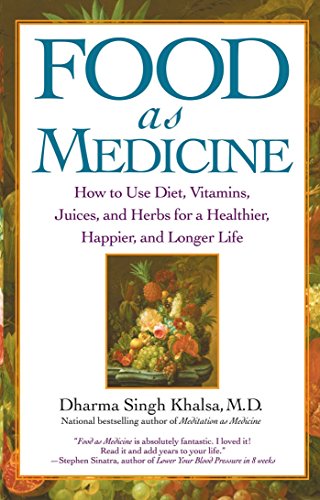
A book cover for Food As Medicine: How to Use Diet, Vitamins, Juices, and Herbs for a Healthier, Happier, and Longer Life; M.D. Dharma Singh Khalsa M.D.; Health, Fitness & Dieting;